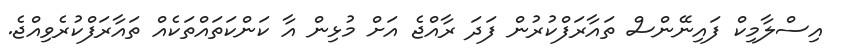
އިސްލާމިކް ފައިނޭންސް ތައާރަފްކުރުން ފަދަ ރާއްޖެ އަށް މުޅިން އާ ކަންކަތައްތަކެއް ތައާރަފްކުރެވިއްޖެ.